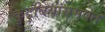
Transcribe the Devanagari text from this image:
कुटुंबियांसमवेत